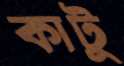
কাটু